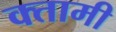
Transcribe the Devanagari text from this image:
क्तामी